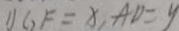
1 ) G F = x , A D = y